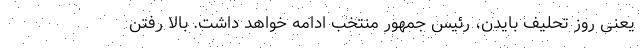
یعنی روز تحلیف بایدن، رئیس جمهور منتخب ادامه خواهد داشت. بالا رفتن